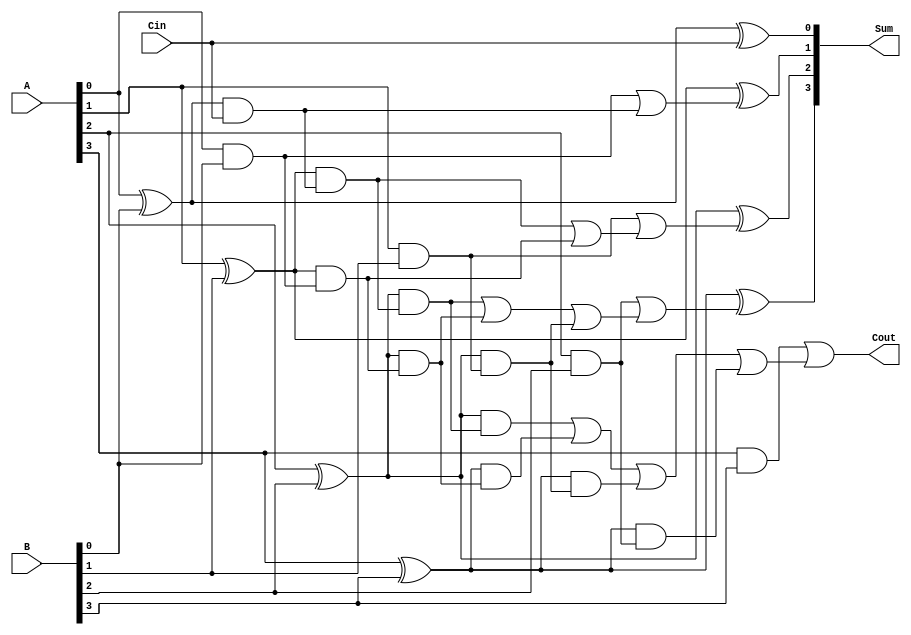
module plusless
  (input [3:0] A, B,
    input Cin,
    output [3:0] Sum,
    output Cout);

    wire [3:0] p,g,c;
    wire a,b,d,e,f,h,i,j,k,l,m,o,q,r,s,t;
    xor R1(p[0],A[0],B[0]);
    xor R2(p[1],A[1],B[1]);
    xor R3(p[2],A[2],B[2]);
    xor R4(p[3],A[3],B[3]); //Esto hace el xor bit a bit
    and Q1(g[0],A[0],B[0]);
    and Q2(g[1],A[1],B[1]);
    and Q3(g[2],A[2],B[2]);
    and Q4(g[3],A[3],B[3]); // and bit a bit y lo guardan en p y g
    //assign p=A^B;//propagacin
    //assign g=A&B; //generacin

    //carry=gi + Pi*ci

    assign c[0]=Cin;
    and T1(a,p[0],c[0]);
    or  T2(c[1],g[0],a); //assign c[1]= g[0]|(p[0]&c[0]);

    and T3(b,p[1],a);
    and T4(d,p[1],g[0]);
    or  T5(e,b,d);
    or  T6(c[2],g[1],e); //assign c[2]= g[1] | (p[1]&g[0]) | p[1]&p[0]&c[0];

    and T7(f,p[2],b);
    and T8(h,p[2],d);
    and T9(i,p[2],g[1]);
    or  Y1(j,f,h);
    or  Y2(k,j,i);
    or  Y3(c[3],g[2],k);
    //assign c[3]= g[2] | (p[2]&g[1]) | p[2]&p[1]&g[0] | p[2]&p[1]&p[0]&c[0];

    and Y4(l,p[2],f);
    and Y5(m,p[3],h);
    and Y6(o,p[3],i);
    and Y7(q,p[3],g[2]);
    or  Y8(r,l,m);
    or  Y9(s,r,o);
    or  U1(t,s,q);

    //assign Cout= g[3] | (p[3]&g[2]) | p[3]&p[2]&g[1] | p[3]&p[2]&p[1]&g[0] | p[3]&p[2]&p[1]&p[0]&c[0];
    //assign Sum=p^c;
    or  U2(Cout,g[3],t);
    xor U3(Sum[0],p[0],c[0]);
    xor U4(Sum[1],p[1],c[1]);
    xor U5(Sum[2],p[2],c[2]);
    xor U6(Sum[3],p[3],c[3]);

endmodule //sumador si se agrega 2's resta


module Twos
  (input [31:0] A,
    output [31:0] B);

    assign B = ~A+1;

endmodule //complemento 2

module suma
  (input [31:0] A,B,
    input cin,
    output [31:0] Sum,
    output  cout);

    wire [31:0] Sal;

    carry_look_ahead_32bit cla3(.a(A),.b(B), .cin(cin), .sum(Sal),.cout(cout));
    assign Sum=Sal;


endmodule //suma o resta

module DespD
	(input [31:0] A,B,
	input AluFlagIn,
	output reg [31:0] Y,
	output Flags);

reg Ne;	 // Negativo
reg C;
reg Ca;  //  Acarreo

	always @(A or B or AluFlagIn) begin
		Y <= (A >> B)|((AluFlagIn *(2**B -1)) << (32-B));
		end
assign Flags=A[31-B];
//always @(A, B, Y, AluFlagIn) begin

//		if (B==0)
//			Ca= 1'b0;
//		if (B!=0)
//			Ca = (B>n) ? AluFlagIn : A[B-1];

//		if (Y == 0);
//			C = 1'b1;
//		if (Y!=0)
//			C = 1'b0
endmodule

module DespI

	(input [31:0] A,B,
	input AluFlagIn,
	output reg [31:0] Y,
	output  Flags);

reg Ne;	 // Negativo
reg C;
reg Ca;  //  Acarreo

	always @(A or B or AluFlagIn) begin
		Y <= (A << B)|(AluFlagIn *(2**B -1));
		end

assign Flags=A[31-B];
	//always @(A, B, Y, AluFlagIn) begin

	//	if (B==0)
	//		assign Ca= 1'b0;
	//	else
	//		assign Ca = (B>n) ? AluFlagIn : A[B-1];
	//	if (Y == 0);
	//		assign C = 1'b1;
	//	else
	//		assign C = 1'b0
	//	if (Y[n] == 1)
	//		assign Ne = 1'b1
	//	else
	//		assign Ne = 1'b0
	//	end
endmodule

module carry_look_ahead_32bit(a,b, cin, sum,cout);
input [31:0] a,b;
input cin;
output [31:0] sum;
output cout;
wire c1,c2,c3,c4,c5,c6,c7;


plusless cla1 (.A(a[3:0]), .B(b[3:0]), .Cin(cin), .Sum(sum[3:0]), .Cout(c1));
plusless cla2 (.A(a[7:4]), .B(b[7:4]), .Cin(c1), .Sum(sum[7:4]), .Cout(c2));
plusless cla3 (.A(a[11:8]), .B(b[11:8]), .Cin(c2), .Sum(sum[11:8]), .Cout(c3));
plusless cla4 (.A(a[15:12]), .B(b[15:12]), .Cin(c3), .Sum(sum[15:12]), .Cout(c4));
plusless cla5 (.A(a[19:16]), .B(b[19:16]), .Cin(c4), .Sum(sum[19:16]), .Cout(c5));
plusless cla6 (.A(a[23:20]), .B(b[23:20]), .Cin(c5), .Sum(sum[23:20]), .Cout(c6));
plusless cla7 (.A(a[27:24]), .B(b[27:24]), .Cin(c6), .Sum(sum[27:24]), .Cout(c7));
plusless cla8 (.A(a[31:28]), .B(b[31:28]), .Cin(c7), .Sum(sum[31:28]), .Cout(cout));

endmodule



module ALU
  (input [31:0] ALUA,
    input [31:0] ALUB,
    input [3:0] ALUControl, // add = 4'h0, sub = 4'h1, inc = 4'h2, dec = 4'h3,
                            // and = 4'h4, or = 4'h5, not = 4'h6, xor = 4'h7,
                            // shl = 4'h8, shr = 4'h9
    input ALUFlagIn,
    input Clk,
    output [31:0] ALUResult,
    output [3:0]ALUFlags);  // [3:0] = [V,C,Z,N]


  wire [31:0] Add, Btwos, Menos1, Mas1, Sub, And, Or, Xor, NotA, NotB, DespD, DespI;
  wire c1, c2, c3, c4, c5, c6;
  reg [31:0]ALU1;
  reg [3:0]ALU2;

  //generate

  //if (ALUControl==4'h0)

    Twos A(.A(ALUB),.B(Btwos));
    suma D(.A(ALUA),.B(ALUB), .cin(ALUFlagIn), .Sum(Add),.cout(c1));
    suma DU(.A(ALUA),.B(Btwos), .cin(ALUFlagIn), .Sum(Sub),.cout(c2));
    suma DUT(.A(ALUA),.B(32'd1), .cin(ALUFlagIn), .Sum(Mas1),.cout(c3));
    suma DUT1(.A(ALUA),.B(32'd4294967295), .cin(ALUFlagIn), .Sum(Menos1),.cout(c4));
    DespD DUT2(.A(ALUA),.B(ALUB), .AluFlagIn(ALUFlagIn), .Y(DespD), .Flags(c5));
    DespI DUT3(.A(ALUA),.B(ALUB), .AluFlagIn(ALUFlagIn), .Y(DespI), .Flags(c6));      

    
    assign And=ALUA&ALUB;
    assign Or =ALUA|ALUB;
    assign Xor=ALUA ^ ALUB;
    assign NotA=~ALUA;
    assign NotB=~ALUB;
  //endgenerate
  always @(negedge Clk) begin
    ALU1 = func(ALUControl,ALUFlagIn, Add,Sub,Mas1,Menos1,And,Or,Xor,NotA,NotB);
    ALU2 = flag(ALUA,ALUB,ALUResult,ALUControl,c1,c2,c3,c4,c5,c6);
  end

  assign ALUResult = ALU1;
  assign ALUFlags = ALU2;
  //assign ALUResult = func(ALUControl,ALUFlagIn, Add,Sub,Mas1,Menos1,And,Or,Xor,NotA,NotB);
  //assign ALUFlags= flag(ALUA,ALUB,ALUResult,ALUControl,c1,c2,c3,c4,c5,c6);

  
  function [31:0] func(input [3:0] ALUControl,input ALUFlagIn,input [31:0] Add, input [31:0]Sub, input [31:0] Mas1,input[31:0] Menos1,input [31:0] And, input [31:0] Or, input [31:0] Xor, input [31:0] NotA, input [31:0] notB );
    case (ALUControl)
      4'h0: func=Add;
      4'h1: func=Sub;
      4'h2: func=Mas1;
      4'h3: func=Menos1;
      4'h4: func=And;
      4'h5: func=Or;
      4'h6: begin
            case (ALUFlagIn)
              1'b0: func=NotA;
              default: func=NotB;
            endcase
            end
      4'h7: func=Xor;
      4'h8: func=DespD;
      4'h9: func=DespI;

    endcase
  endfunction


function [3:0] flag(input [31:0]ALUA,ALUB, input [31:0] ALUResult, input [3:0] ALUControl, input c1,c2,c3,c4,c5,c6);
  case (ALUControl)
  4'h0: begin
        flag[3]=0;
        flag[2]=c1;
        flag[0]=0;
        if (ALUResult=='b0)
          flag[1]=1;
        else
          flag[1]=0;
        end

  4'h1: begin
        flag[3]=c2;
        flag[2]=0;
        if (ALUB>ALUA)
          flag[0]=1;
        else
          flag[0]=0;
        if (ALUResult=='b0)
          flag[1]=1;
        else
          flag[1]=0;
        end
  4'h2: begin
        flag[3]=0;
        flag[2]=c3;
        flag[0]=0;
        if (ALUResult=='b0)
          flag[1]=1;
        else
          flag[1]=0;
        end
  4'h3: begin
        flag[3]=c4;
        flag[2]=0;
        if (ALUA==0)
          flag[0]=1;
        else
          flag[0]=0;
        if (ALUResult=='b0)
          flag[1]=1;
        else
          flag[1]=0;
        end
  4'h4: begin
        flag[3]=0;
        flag[2]=0;
        if (ALUResult=='b0)
          flag[1]=1;
        else
          flag[1]=0;
        flag[0]=0;
        end

  4'h5: begin
        flag[3]=0;
        flag[2]=0;
        if (ALUResult=='b0)
          flag[1]=1;
        else
          flag[1]=0;
        flag[0]=0;
        end
  4'h6: begin
        flag[3]=0;
        flag[2]=0;
        if (ALUResult=='b0)
          flag[1]=1;
        else
          flag[1]=0;
        flag[0]=0;
        end
  4'h7: begin
        flag[3]=0;
        flag[2]=0;
        if (ALUResult=='b0)
          flag[1]=1;
        else
          flag[1]=0;
        flag[0]=0;
        end
  4'h8: begin
        flag[3]=0;
        flag[2]=c5;
        if (ALUResult=='b0)
          flag[1]=1;
        else
          flag[1]=0;
        flag[0]=0;
        end
  4'h9: begin
        flag[3]=0;
        flag[2]=c6;
        if (ALUResult=='b0)
          flag[1]=1;
        else
          flag[1]=0;
        flag[0]=0;
        end
  endcase
  
endfunction

endmodule